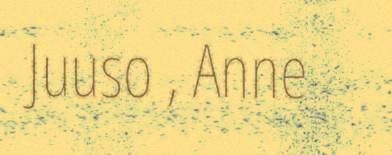
Juuso , Anne